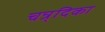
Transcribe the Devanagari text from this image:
चन्र्दिका